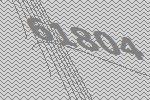
61804